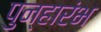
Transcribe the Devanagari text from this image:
पुन्हारंभ